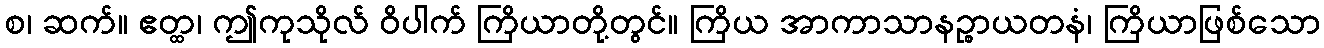
စ၊ ဆက်။ ဧတ္ထ၊ ဤကုသိုလ် ဝိပါက် ကြိယာတို့တွင်။ ကြိယ အာကာသာနဉ္စာယတနံ၊ ကြိယာဖြစ်သော